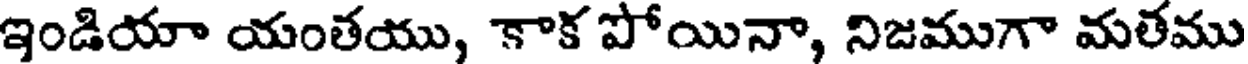
ఇండియా యంతయు, కాక పోయినా, నిజముగా మతము